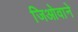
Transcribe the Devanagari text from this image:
जिओवाने